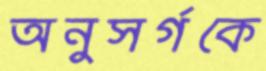
অনুসর্গকে